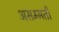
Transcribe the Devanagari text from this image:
असम्मती